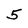
Character: 5